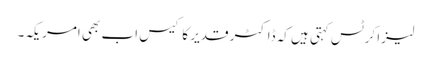
لیزا کرٹس کہتی ہیں کہ ڈاکٹر قدیر کا کیس اب بھی امریکہ۔